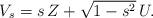
LaTeX: \begin{align*}V_s= s\, Z+\sqrt{1-s^2} \, U.\end{align*}